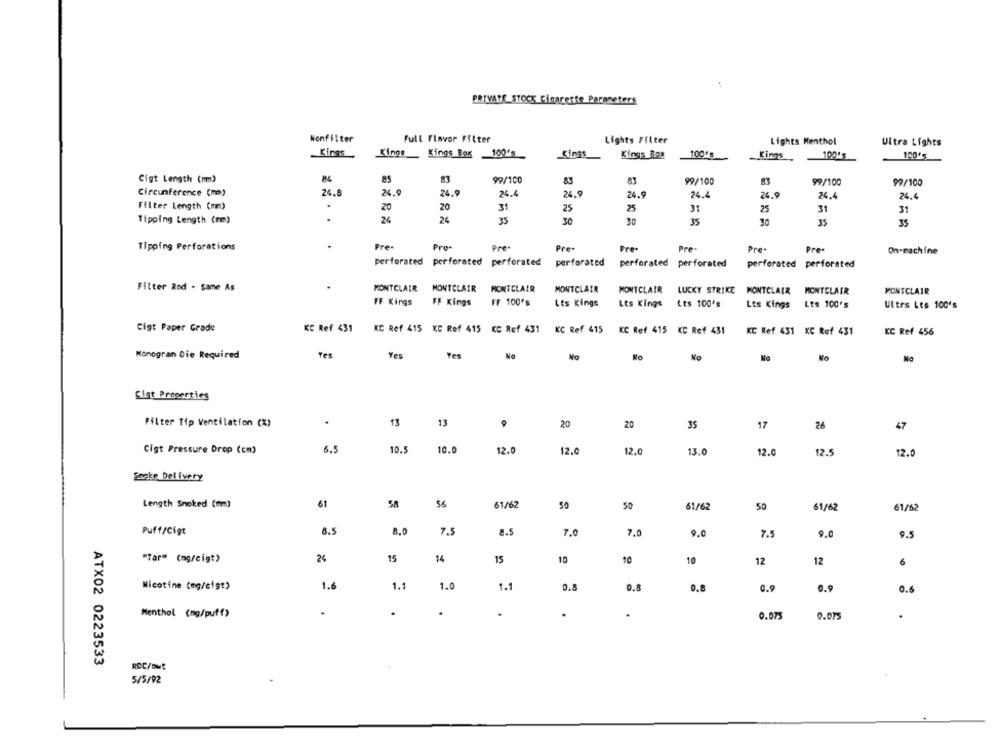
PRIVATE STOCK Cigarette Parameters
Wonfilter
Full Flavor Filter
Lights Filter
Lights Menthol
Ultra Lights
Kings
Kings_ Kings Box 100's
Kings
Kings Roz
10005
Kings
10015
100'5
Cigt Length (mm)
84
85
99/100
99/100
99/100
99/100
Circumference (mm)
24.8
24.9
24.9
26.4
24.9
24.9
24.4
24.9
24.4
24.4
Filter Length (mm)
20
31
25
25
31
25
31
Tipping Length (mm)
24
26
35
30
30
35
35
35
Tipping Perforations
.
Pre-
Pro-
Pre-
Pre-
Pre-
Pre-
Pre-
Pre-
On-machine
perforated perforated perforated
perforated
perforated perforated
perforated perforated
Filter Rod - Same As
MONTCLAIR
MONTCLAIR
MONTCLAIR
MONTCLAIR
MONTCLAIR LUCKY STRIKE MONTCLAIR MONTCLAIR
MONTCLAIR
FF Kings
FF Kings
FF 100's
Lts Kings
Lts Kings Lts 100's
Lts Kings Lts 100's
Ultrs Les 100's
Cigt Paper Grade
KC Ref 431
KC Ref 415 KC Ref 415 KC Ref 431
KC Ref 415
KC Ref 415
KC Ref 431
KC Ref 431 XC Rof 431
KC Ref 456
Monogran Die Required
Tes
Yes
Yes
No
No
Sigt Properties
.
13
13
Filter Tip Ventilation (%)
20
20
35
17
26
47
Cigt Pressure Drop (cm)
6.5
10.5
10.
12.
12.
12.0
13.0
12.0
12.5
12.0
Snoke Delivery
Length Smoked (mm)
58
61/6
61
50
50
61/6
50
61/62
61/62
Puff/Cigt
8.5
8.0
7.5
8.5
7.0
7.0
9.0
9.0
7.5
9.5
"Tar" (mg/cigt)
26
15
14
15
10
10
10
12
12
6
Nicotine (mg/eigt>
1.6
1.1
1.0
1.1
0.8
0.9
0.9
0.
Menthol (mg/puff)
.
.
0.075
0.075
.
ATX02 0223533
ROC/out
5/5/92